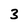
Character: 3